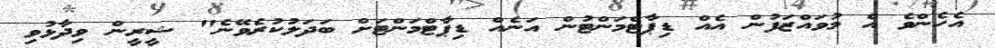
އެހެންވެ އެ މުވައްޒަފުން އެއް ޑިޕާޓްމަންޓުން އަނެއް ޑިޕާޓްމަންޓަށް ބަދަލުކުރެވޭނެ" ޝީރީން ވިދާޅުވި